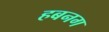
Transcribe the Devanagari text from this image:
हबनग